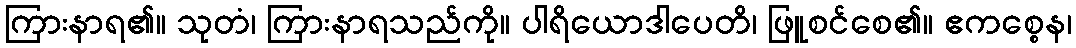
ကြားနာရ၏။ သုတံ၊ ကြားနာရသည်ကို။ ပါရိယောဒါပေတိ၊ ဖြူစင်စေ၏။ ဧကစ္စေန၊